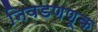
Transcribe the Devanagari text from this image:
निवडणणूक